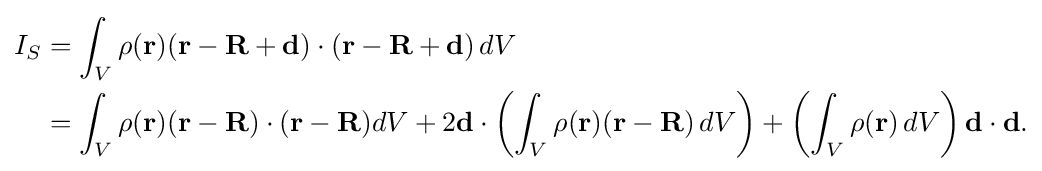
{\begin{aligned}I_{S}&=\int _{V}\rho (\mathbf {r} )(\mathbf {r} -\mathbf {R} +\mathbf {d} )\cdot (\mathbf {r} -\mathbf {R} +\mathbf {d} )\,dV\\&=\int _{V}\rho (\mathbf {r} )(\mathbf {r} -\mathbf {R} )\cdot (\mathbf {r} -\mathbf {R} )dV+2\mathbf {d} \cdot \left(\int _{V}\rho (\mathbf {r} )(\mathbf {r} -\mathbf {R} )\,dV\right)+\left(\int _{V}\rho (\mathbf {r} )\,dV\right)\mathbf {d} \cdot \mathbf {d} .\end{aligned}}